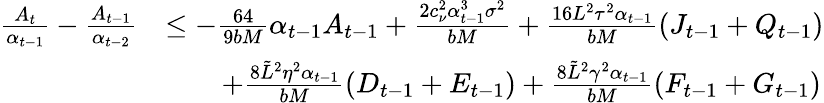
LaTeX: \begin{array}{rl}{\frac{A_{t}}{\alpha_{t-1}}-\frac{A_{t-1}}{\alpha_{t-2}}}&{\leq-\frac{64}{9bM}\alpha_{t-1}A_{t-1}+\frac{2c_{\nu}^{2}\alpha_{t-1}^{3}\sigma^{2}}{bM}+\frac{16L^{2}\tau^{2}\alpha_{t-1}}{bM}(J_{t-1}+Q_{t-1})}\\ &{\qquad+\frac{8\tilde{L}^{2}\eta^{2}\alpha_{t-1}}{bM}(D_{t-1}+E_{t-1})+\frac{8\tilde{L}^{2}\gamma^{2}\alpha_{t-1}}{bM}(F_{t-1}+G_{t-1})}\end{array}